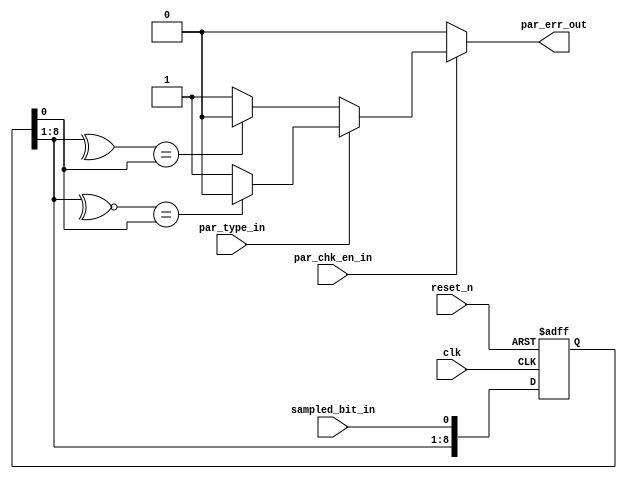
module parity_check #(parameter WIDTH=9)
(	
    input sampled_bit_in,
	input clk,
	input reset_n,
	input par_type_in,
	input par_chk_en_in,
	output reg par_err_out
);
reg [WIDTH-1:0] register;

always @(posedge clk or negedge reset_n) begin : proc_register
	if(~reset_n) begin
		register <= 0;
	end else begin
		register <= {register[WIDTH-1:1],sampled_bit_in};
	end
end
always @(*) begin : proc_par_err_out
	par_err_out = 0;
	if(par_chk_en_in)
	begin
		if(!par_type_in)
			if(^register[WIDTH-1:1] == register[0])
				par_err_out = 0;
			else
				par_err_out = 1;
		else if(par_type_in)
			if(~^register[WIDTH-1:1] == register[0])
				par_err_out = 0;
			else
				par_err_out = 1;
		else
			par_err_out = 0;
	end
	else
		par_err_out = 0;
end

endmodule